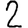
Digit: 2